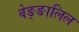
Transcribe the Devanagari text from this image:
वेङ्ङालिल